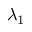
\lambda _ { 1 }